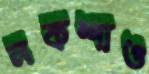
নকশাও